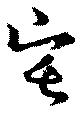
宅